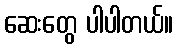
ဆေးတွေ ပါပါတယ်။